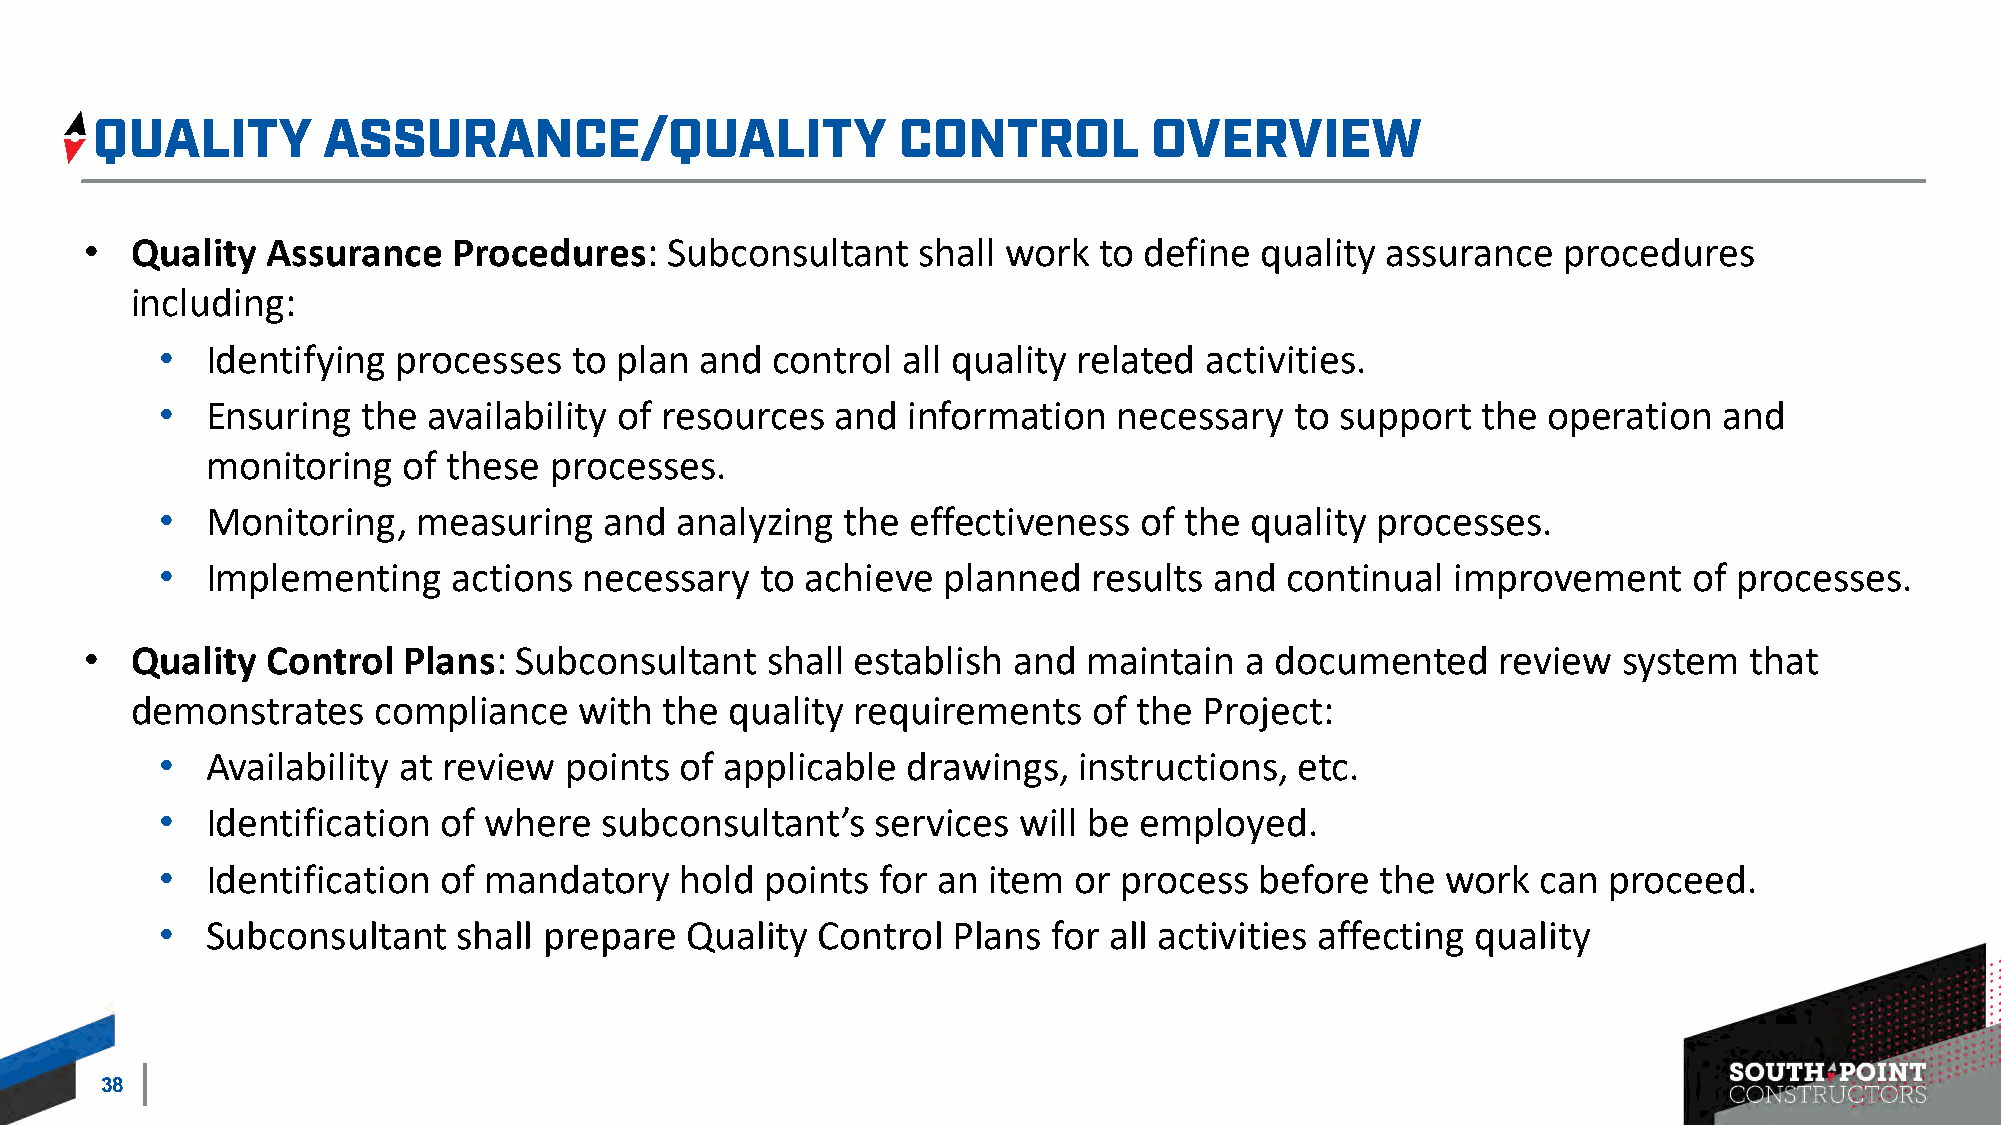
•  Quality  Assurance   Procedures:   Subconsultant    shall work  to define quality  assurance   procedures
 including:
 •   Identifying processes   to plan and  control  all quality related activities.
 •   Ensuring  the availability of resources  and  information   necessary   to support  the operation   and
 monitoring   of these processes.
 •   Monitoring,   measuring   and  analyzing  the effectiveness  of the  quality processes.
 •   Implementing    actions  necessary  to achieve  planned   results and  continual  improvement     of processes.
 •  Quality  Control  Plans: Subconsultant    shall establish and  maintain  a documented     review  system   that
 demonstrates    compliance   with  the quality  requirements   of the  Project:
 •   Availability at review points  of applicable  drawings,  instructions,  etc.
 •   Identification of where   subconsultant’s   services will be employed.
 •   Identification of mandatory    hold  points for an item  or process  before  the  work  can proceed.
 •   Subconsultant   shall prepare  Quality  Control  Plans  for all activities affecting quality
 38